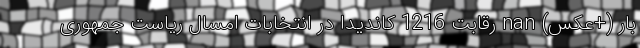
بار (+عکس) nan رقابت 1216 کاندیدا در انتخابات امسال ریاست جمهوری